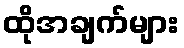
ထိုအချက်များ